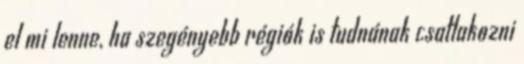
el mi lenne, ha szegényebb régiók is tudnának csatlakozni